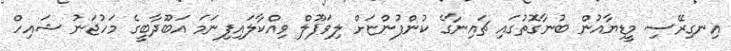
އިނގިރޭސި މީޑިޔާއުން ބުނާގޮތުގައި ޗައިނާގެ ކުންފުންޏަށް ލިވަޕޫލް ވިއްކާލައިފިނަމަ އަބޫދާބީގެ މަހުޖަނު ޝައިހް